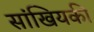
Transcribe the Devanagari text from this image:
सांखियकी